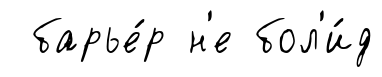
барье́р н'е бол'и́д